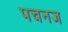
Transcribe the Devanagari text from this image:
पचनज